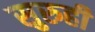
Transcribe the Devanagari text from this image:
सुरुही